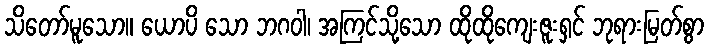
သိတော်မူသော။ ယောပိ သော ဘဂဝါ၊ အကြင်သို့သော ထိုထိုကျေးဇူးရှင် ဘုရားမြတ်စွာ